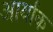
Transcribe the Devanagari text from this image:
आर्याक